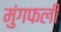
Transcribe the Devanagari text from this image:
मुंगफली